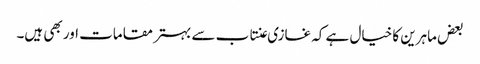
بعض ماہرین کا خیال ہے کہ غازی عنتاب سے بہتر مقامات اور بھی ہیں۔